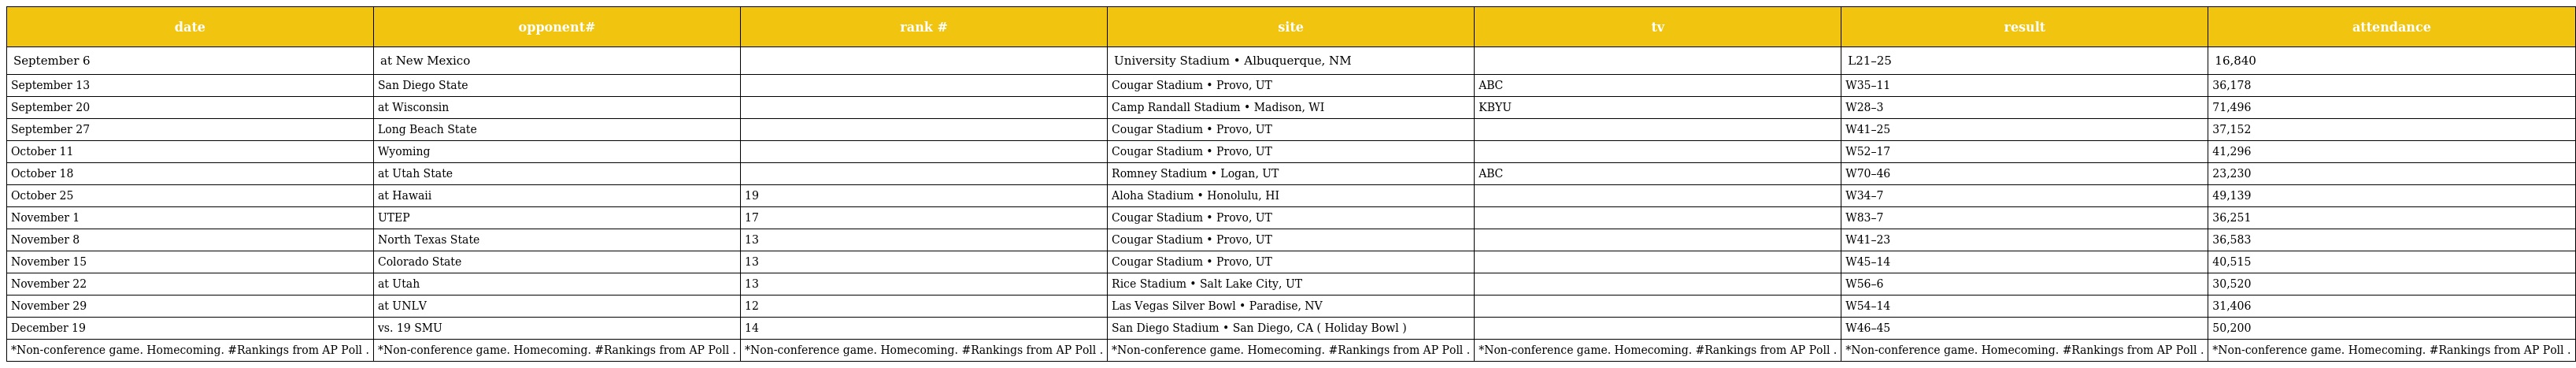
| date | opponent# | rank # | site | tv | result | attendance |
 | --- | --- | --- | --- | --- | --- | --- |
 | September 6 | at New Mexico |  | University Stadium • Albuquerque, NM |  | L21–25 | 16,840 |
 | September 13 | San Diego State |  | Cougar Stadium • Provo, UT | ABC | W35–11 | 36,178 |
 | September 20 | at Wisconsin |  | Camp Randall Stadium • Madison, WI | KBYU | W28–3 | 71,496 |
 | September 27 | Long Beach State |  | Cougar Stadium • Provo, UT |  | W41–25 | 37,152 |
 | October 11 | Wyoming |  | Cougar Stadium • Provo, UT |  | W52–17 | 41,296 |
 | October 18 | at Utah State |  | Romney Stadium • Logan, UT | ABC | W70–46 | 23,230 |
 | October 25 | at Hawaii | 19 | Aloha Stadium • Honolulu, HI |  | W34–7 | 49,139 |
 | November 1 | UTEP | 17 | Cougar Stadium • Provo, UT |  | W83–7 | 36,251 |
 | November 8 | North Texas State | 13 | Cougar Stadium • Provo, UT |  | W41–23 | 36,583 |
 | November 15 | Colorado State | 13 | Cougar Stadium • Provo, UT |  | W45–14 | 40,515 |
 | November 22 | at Utah | 13 | Rice Stadium • Salt Lake City, UT |  | W56–6 | 30,520 |
 | November 29 | at UNLV | 12 | Las Vegas Silver Bowl • Paradise, NV |  | W54–14 | 31,406 |
 | December 19 | vs. 19 SMU | 14 | San Diego Stadium • San Diego, CA ( Holiday Bowl ) |  | W46–45 | 50,200 |
 | *Non-conference game. Homecoming. #Rankings from AP Poll . | *Non-conference game. Homecoming. #Rankings from AP Poll . | *Non-conference game. Homecoming. #Rankings from AP Poll . | *Non-conference game. Homecoming. #Rankings from AP Poll . | *Non-conference game. Homecoming. #Rankings from AP Poll . | *Non-conference game. Homecoming. #Rankings from AP Poll . | *Non-conference game. Homecoming. #Rankings from AP Poll . |